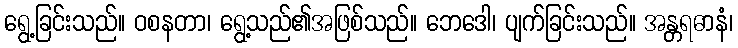
ရွေ့ခြင်းသည်။ ဝစနတာ၊ ရွေ့သည်၏အဖြစ်သည်။ ဘေဒေါ၊ ပျက်ခြင်းသည်။ အန္တရဓာနံ၊